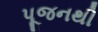
પૂજનથી